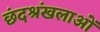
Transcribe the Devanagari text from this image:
छंदश्रंखलाओं